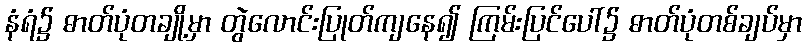
နံရံ၌ ဓာတ်ပုံတချို့မှာ တွဲလောင်းပြုတ်ကျနေ၍ ကြမ်းပြင်ပေါ်၌ ဓာတ်ပုံတစ်ချပ်မှာ